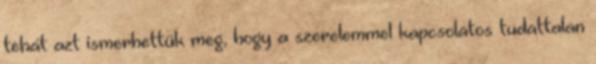
tehát azt ismerhettük meg, hogy a szerelemmel kapcsolatos tudattalan